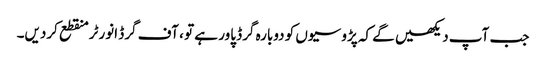
جب آپ دیکھیں گے کہ پڑوسیوں کو دوبارہ گرڈ پاور ہے تو ، آف گرڈ انورٹر منقطع کردیں۔